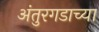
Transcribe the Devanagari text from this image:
अंतुरगडाच्या